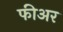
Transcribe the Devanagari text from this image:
फीअर